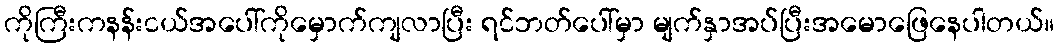
ကိုကြီးကနန်းငယ်အပေါ်ကိုမှောက်ကျလာပြီး ရင်ဘတ်ပေါ်မှာ မျက်နှာအပ်ပြီးအမောဖြေနေပါတယ်။